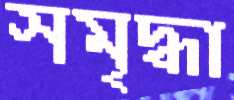
সমৃদ্ধা